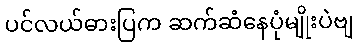
ပင်လယ်ဓားပြက ဆက်ဆံနေပုံမျိုးပဲဗျ